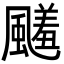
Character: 𩘭